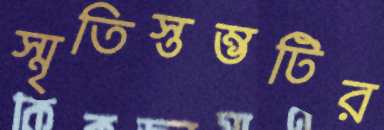
স্মৃতিস্তম্ভটির